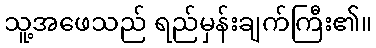
သူ့အဖေသည် ရည်မှန်းချက်ကြီး၏။